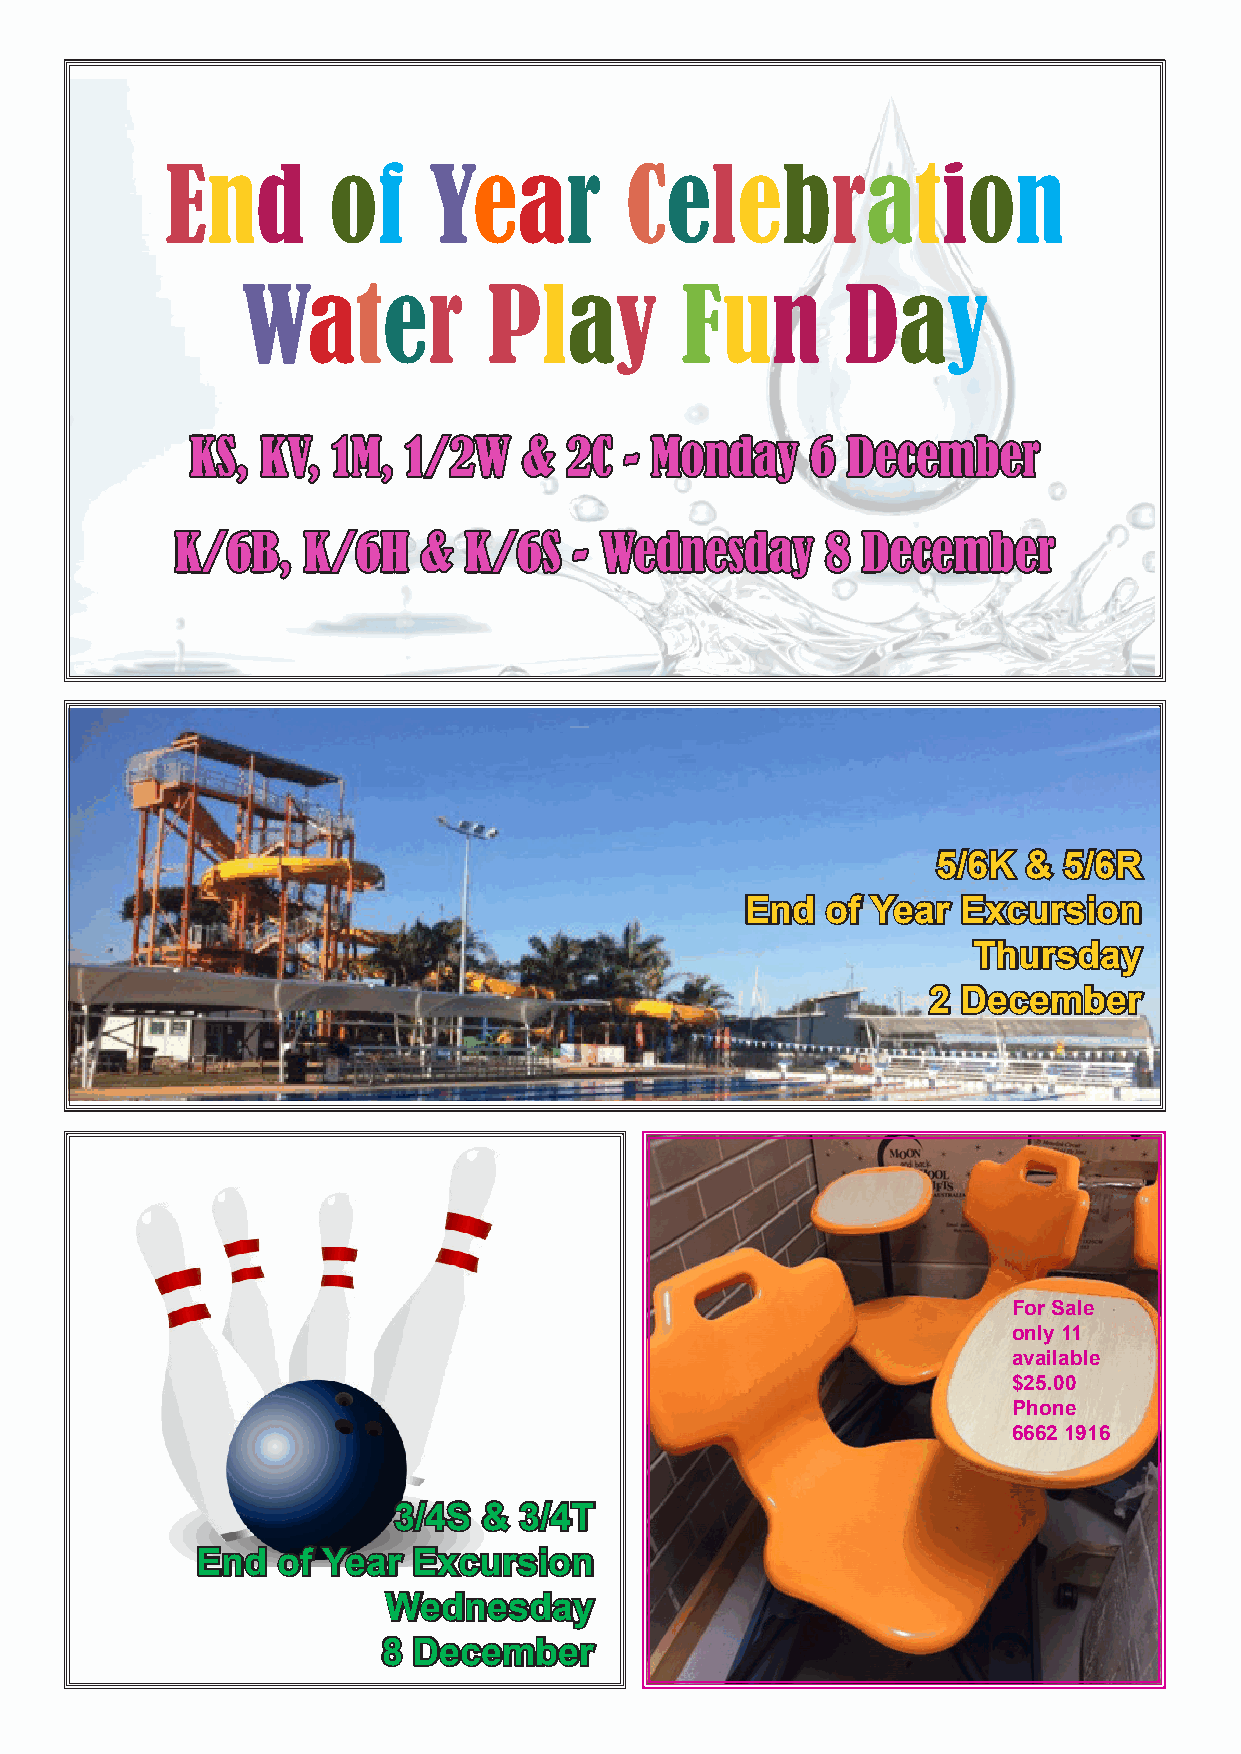
End        of    Year         Celebration
 Water           Play         Fun        Day
 KKSS,, KKVV,, 11MM,, 11//22WW && 22CC -- MMoonnddaayy 66 DDeecceemmbbeerr
 KK//66BB,, KK//66HH && KK//66SS -- WWeeddnneessddaayy 88 DDeecceemmbbeerr
 55//66KK && 55//66RR
 EEnndd ooff YYeeaarr EExxccuurrssiioonn
 TThhuurrssddaayy
 22 DDeecceemmbbeerr
 For Sale
 only 11
 available
 $25.00
 Phone
 6662 1916
 33//44SS && 33//44TT
 EEnndd ooff YYeeaarr EExxccuurrssiioonn
 WWeeddnneessddaayy
 88 DDeecceemmbbeerr